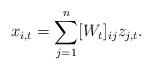
LaTeX: \begin{align*}x_{i,t}=\sum_{j=1}^n[W_{t}]_{ij}z_{j,t}.\end{align*}